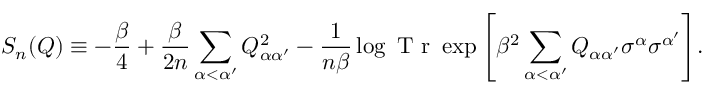
S _ { n } ( Q ) \equiv - \frac { \beta } { 4 } + \frac { \beta } { 2 n } \sum _ { \alpha < \alpha ^ { \prime } } Q _ { \alpha \alpha ^ { \prime } } ^ { 2 } - \frac { 1 } { n \beta } \log { \textrm { T r } \exp { \left[ \beta ^ { 2 } \sum _ { \alpha < \alpha ^ { \prime } } Q _ { \alpha \alpha ^ { \prime } } \sigma ^ { \alpha } \sigma ^ { \alpha ^ { \prime } } \right] } } .